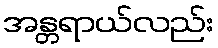
အန္တရာယ်လည်း